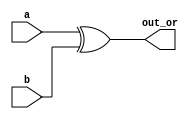
module xor_ab_URAM #(parameter INDEX_WIDTH = 12) (input [INDEX_WIDTH-1:0] a, input [INDEX_WIDTH-1:0] b, output [INDEX_WIDTH-1:0] out_or);
	assign out_or = a^b;
endmodule